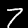
Digit: 7